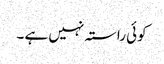
کوئی راستہ نہیں ہے ۔